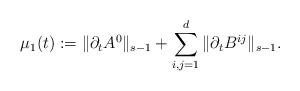
LaTeX: \begin{align*}\mu_{1}(t):=\|\partial_{t}A^{0}\|_{s-1}+\sum_{i,j=1}^{d}\|\partial_{t}B^{ij}\|_{s-1}.\end{align*}